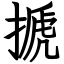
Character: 搋